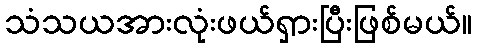
သံသယအားလုံးဖယ်ရှားပြီးဖြစ်မယ်။